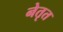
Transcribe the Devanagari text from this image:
नेतृत